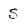
Character: S